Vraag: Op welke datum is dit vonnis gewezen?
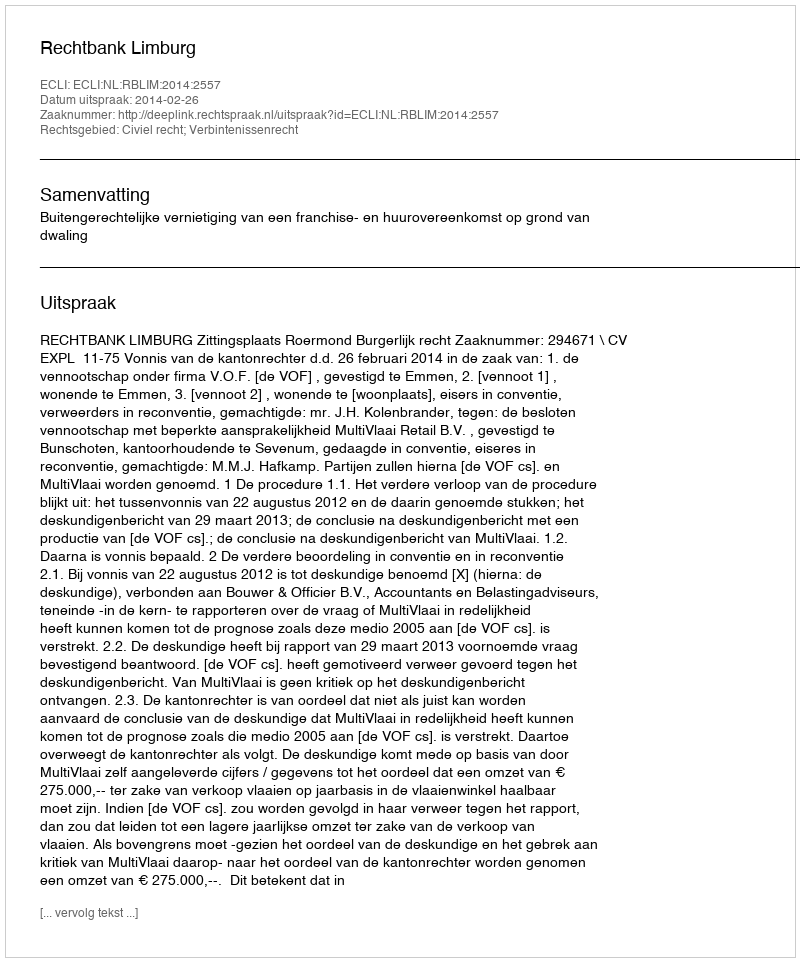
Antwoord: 2014-02-26